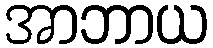
အာဘာယ